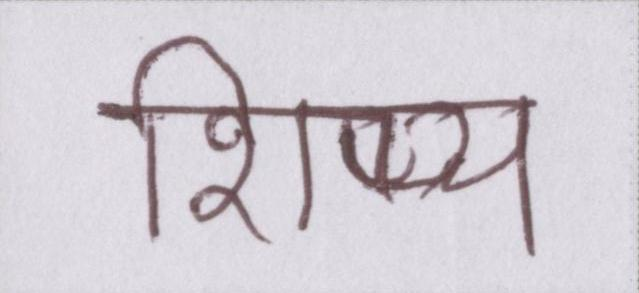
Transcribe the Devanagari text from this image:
शिष्य